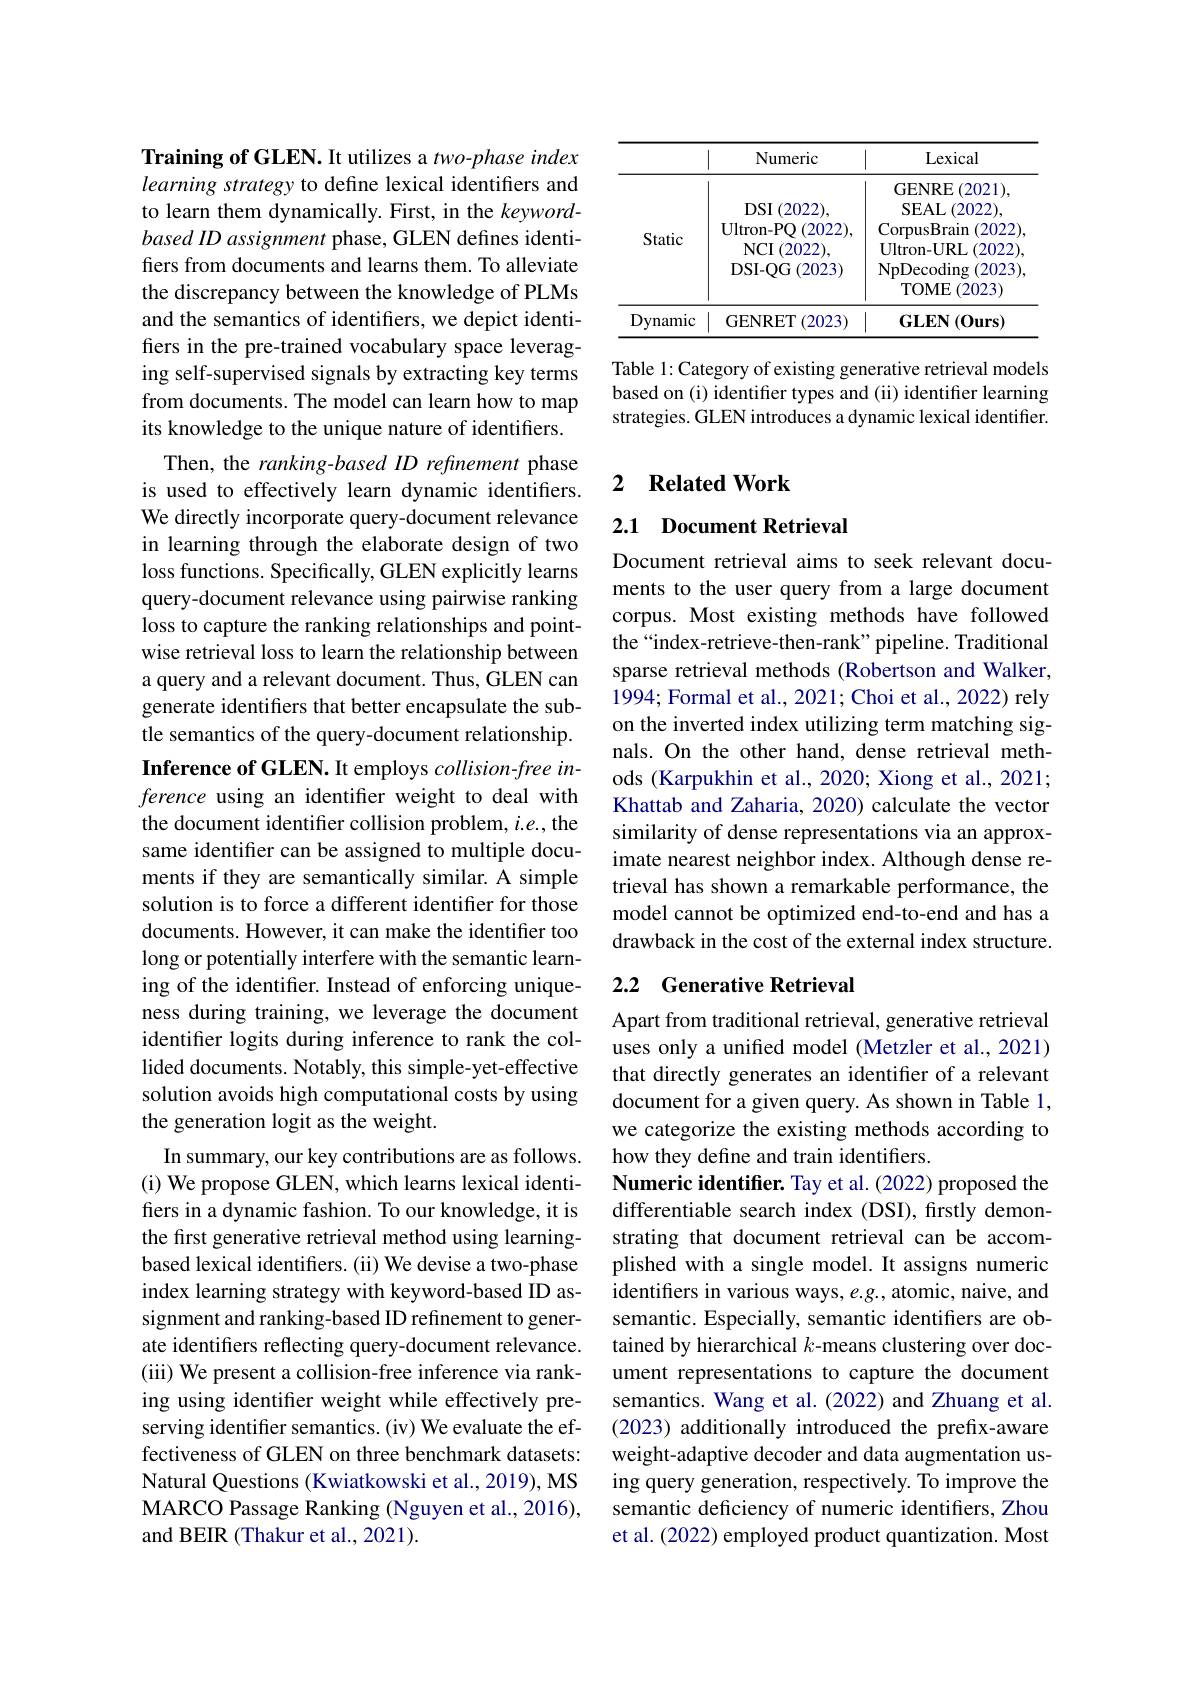
Training of GLEN. It utilizes a two-phase index learning strategy to define lexical identifiers and to learn them dynamically. First, in the keywordbasedID assignment phase, GLEN defines identifiers from documents and learns them. To alleviate the discrepancy between the knowledge of PLMs and the semantics of identifiers, we depict identifiers in the pre-trained vocabulary space leveraging self-supervised signals by extracting key terms from documents. The model can learn how to map its knowledge to the unique nature of identifiers.
Then, the ranking-based ID refinement phase is used to effectively learn dynamic identifiers. We directly incorporate query-document relevance in learning through the elaborate design of two loss functions. Specifically, GLEN explicitly learns query-document relevance using pairwise ranking loss to capture the ranking relationships and pointwise retrieval loss to learn the relationship between a query and a relevant document. Thus, GLEN can generate identifiers that better encapsulate the subtle semantics of the query-document relationship. Inference of GLEN. It employs $collision-freein$ ference using an identifer weight to deal with the document identifer collision problem, $i.e.$, the same identifier can be assigned to multiple documents if they are semantically similar. A simple solution is to force a different identifier for those documents. However, it can make the identifier too long or potentially interfere with the semantic learning of the identifier. Instead of enforcing uniqueness during training, we leverage the document identifier logits during inference to rank the collided documents. Notably, this simple-yet-effective solution avoids high computational costs by using the generation logit as the weight.
In summary, our key contributions are as follows. (i) We propose GLEN, which learns lexical identifiers in a dynamic fashion. To our knowledge, it is the first generative retrieval method using learningbased lexical identifiers. (ii) We devise a two-phase index learning strategy with keyword-based ID assignment and ranking-based ID refinement to generate identifiers reflecting query-document relevance. (iii) We present a collision-free inference via ranking using identifier weight while effectively preserving identifier semantics. (iv) We evaluate the effectiveness of GLEN on three benchmark datasets: Natural Questions (Kwiatkowski et al., 2019), MS MARCO Passage Ranking (Nguyen et al., 2016), and BEIR (Thakur et al., 2021).

<table>
	<tbody>
		<tr>
			<th> </th>
			<th>Numeric</th>
			<th>Lexical</th>
		</tr>
		<tr>
			<td>$1D$ vnamic</td>
			<td>GENRET (2023</td>
			<td>$\mathbf{GLEN}(\mathbf{Ours})$</td>
		</tr>
	</tbody>
</table>

Table 1: Category of existing generative retrieval models based on (i) identifier types and (ii) identifier learning strategies. GLEN introduces a dynamic lexical identifier.

### 2 $\textbf{Related Work}$

## 2.1 Document Retrieval

Document retrieval aims to seek relevant documents to the user query from a large document corpus. Most existing methods have followed the“index-retrieve-then-rank”pipeline. Traditional sparse retrieval methods (Robertson and Walker, 1994; Formal et al., 2021; Choi et al., 2022) rely on the inverted index utilizing term matching signals. On the other hand, dense retrieval methods (Karpukhin et al., 2020; Xiong et al., 2021; Khattab and Zaharia, 2020) calculate the vector similarity of dense representations via an approximate nearest neighbor index. Although dense retrieval has shown a remarkable performance, the model cannot be optimized end-to-end and has a drawback in the cost of the external index structure.

### 2.2 Generative Retrieval

Apart from traditional retrieval, generative retrieval uses only a unifred model (Metzler et al., 2021) that directly generates an identifer of a relevant document for a given query. As shown in Table 1, we categorize the existing methods according to how they define and train identifiers
Numeric identifier. Tay et al. (2022) proposed the differentiable search index (DSI), firstly demonstrating that document retrieval can be accomplished with a single model. It assigns numeric identifiers in various ways, e.g., atomic, naive, and semantic. Especially, semantic identifiers are obtained by hierarchical $k$-means clustering over document representations to capture the document semantics. Wang et al.(2022) and Zhuang et al. (2023) additionally introduced the prefix-aware weight-adaptive decoder and data augmentation using query generation, respectively. To improve the semantic deficiency of numeric identifiers, Zhou et al. (2022) employed product quantization. Most